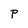
Character: P